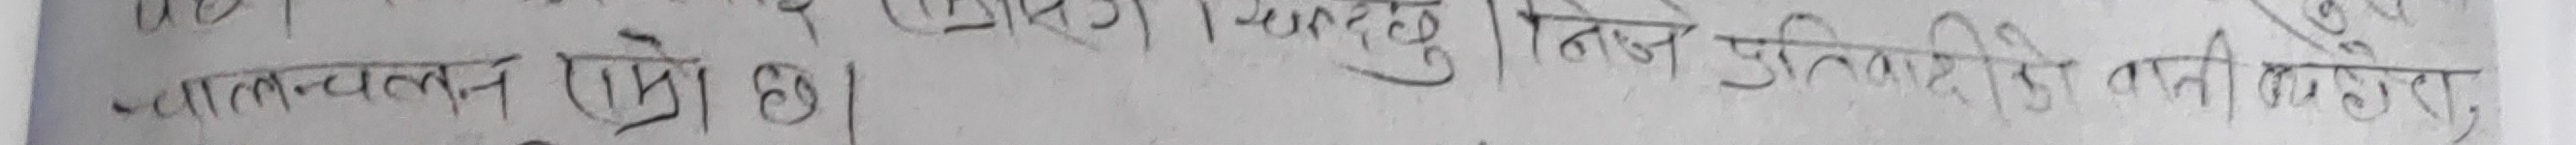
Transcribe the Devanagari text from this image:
आत्मबल (प्रयोग हो ।